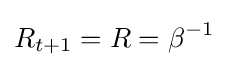
R_{t+1}=R=\beta ^{-1}